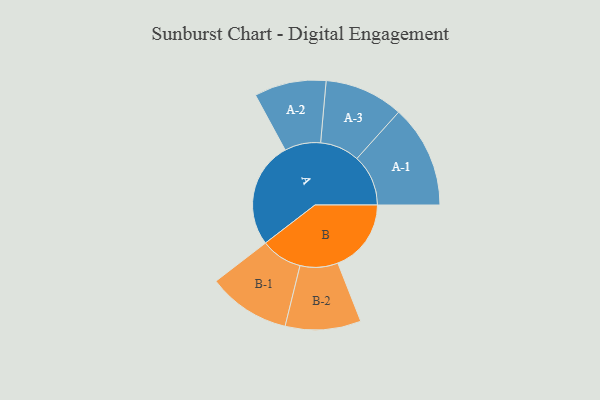
{"axis": {"x": "Segment", "y": "Value"}, "legend": ["", "A", "B"], "data": [{"x": "A", "y": 454, "type": ""}, {"x": "B", "y": 314, "type": ""}, {"x": "A-1", "y": 220, "type": "A"}, {"x": "A-2", "y": 154, "type": "A"}, {"x": "A-3", "y": 169, "type": "A"}, {"x": "B-1", "y": 177, "type": "B"}, {"x": "B-2", "y": 162, "type": "B"}]}